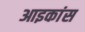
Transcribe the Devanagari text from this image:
आइकांस